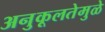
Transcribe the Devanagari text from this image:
अनुकूलतेमुळे